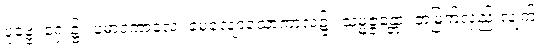
ပုဗ္ဗေ၊ ရှေး၌။ ပမာဒကာလေ၊ မေ့လျော့သောကာလ၌။ သမ္မဇ္ဇန္တော၊ တံမြက်လှည်းလျက်။